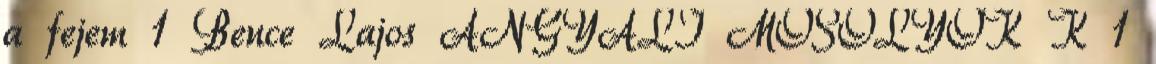
a fejem 1 Bence Lajos ANGYALI MOSOLYOK K 1